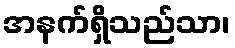
အနက်ရှိသည်သာ၊